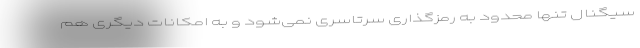
سیگنال تنها محدود به رمزگذاری سرتاسری نمی‌شود و به امکانات دیگری هم